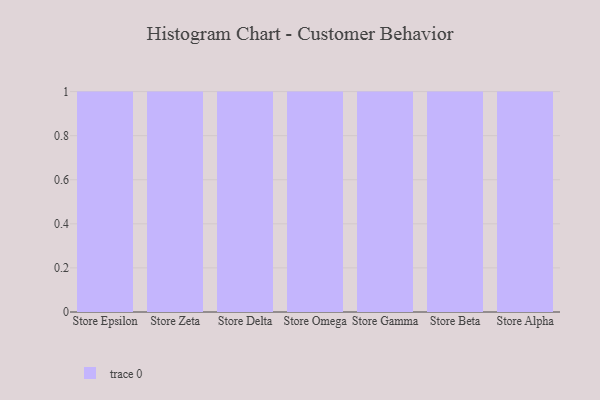
{"axis": {"x": "Store", "y": "Page Views"}, "legend": [""], "data": [{"x": "Store Epsilon", "y": 7, "type": ""}, {"x": "Store Zeta", "y": 97, "type": ""}, {"x": "Store Delta", "y": 47, "type": ""}, {"x": "Store Omega", "y": 34, "type": ""}, {"x": "Store Gamma", "y": 9, "type": ""}, {"x": "Store Beta", "y": 21, "type": ""}, {"x": "Store Alpha", "y": 47, "type": ""}]}